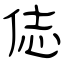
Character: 俧